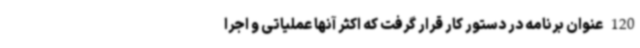
120 عنوان برنامه در دستور کار قرار گرفت که اکثر آنها عملیاتی و اجرا